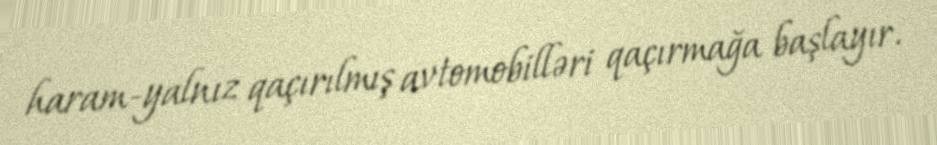
haram-yalnız qaçırılmış avtomobilləri qaçırmağa başlayır.